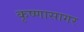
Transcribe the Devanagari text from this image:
कृष्णासागर